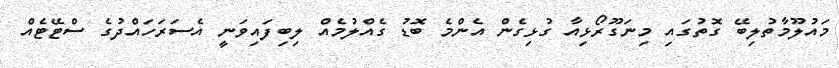
މައުލޫމާތުލިބޭ ގޮތުގައި މިނަގޫރޯޅިއާ ގުޅިގެން އެންމެ ބޮޑު ގެއްލުމެއް ލިބިފައިވަނީ އެސަރަހައްދުގެ ސްޓޭޓެއް